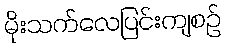
မိုးသက်လေပြင်းကျစဉ်